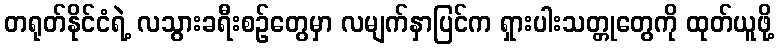
တရုတ်နိုင်ငံရဲ့ လသွားခရီးစဉ်တွေမှာ လမျက်နှာပြင်က ရှားပါးသတ္တုတွေကို ထုတ်ယူဖို့